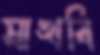
মাখবি